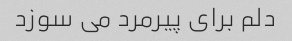
دلم برای پیرمرد می سوزد